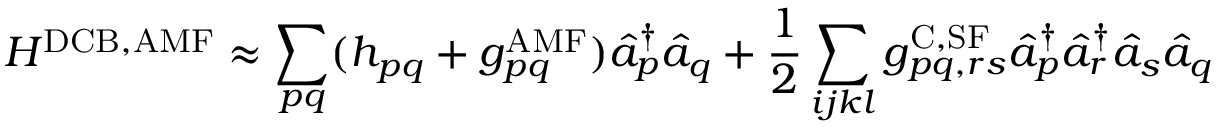
H ^ { \mathrm { D C B , A M F } } \approx \sum _ { p q } ( h _ { p q } + g _ { p q } ^ { \mathrm { A M F } } ) \hat { a } _ { p } ^ { \dagger } \hat { a } _ { q } + \frac { 1 } { 2 } \sum _ { i j k l } g _ { p q , r s } ^ { \mathrm { C , S F } } \hat { a } _ { p } ^ { \dagger } \hat { a } _ { r } ^ { \dagger } \hat { a } _ { s } \hat { a } _ { q }